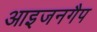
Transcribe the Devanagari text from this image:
आइजनगैप